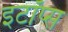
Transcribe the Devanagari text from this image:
इटॉप्स